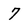
Character: 7